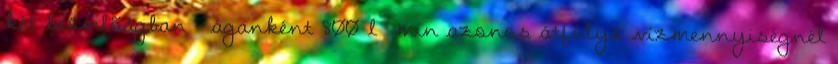
két beömlõágban - áganként 800 l min azonos átfolyó vízmennyiségnél